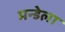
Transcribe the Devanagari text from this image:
मन्डेला